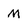
Character: m